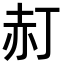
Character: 𧹙